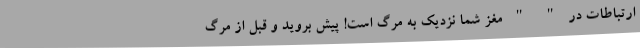
ارتباطات در " " مغز شما نزدیک به مرگ است! پیش بروید و قبل از مرگ